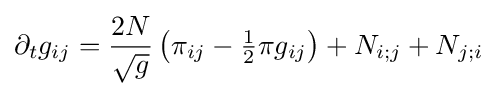
\partial _{t}g_{ij}={\frac {2N}{\sqrt {g}}}\left(\pi _{ij}-{\tfrac {1}{2}}\pi g_{ij}\right)+N_{i;j}+N_{j;i}